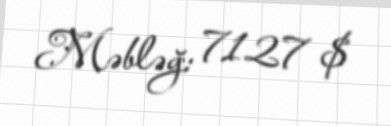
Məbləğ: 7127 $